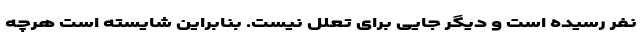
نفر رسیده است و دیگر جایی برای تعلل نیست. بنابراین شایسته است هرچه